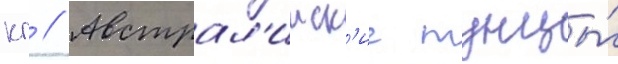
кг // Австрал'ииск'ие тунцы́